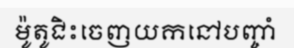
ម៉ូតូជិះចេញយកនៅបញ្ចាំ